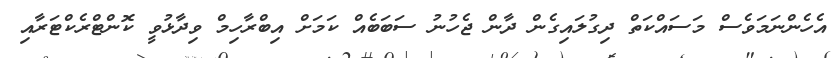
އެހެންނަމަވެސް މަސައްކަތް ދިގުލައިގެން ދާން ޖެހުނު ސަބަބެއް ކަމަށް އިބްރާހިމް ވިދާޅުވީ ކޮންޓްރެކްޓަރާއި